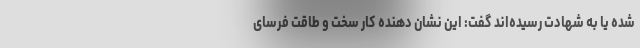
شده یا به شهادت رسیده‌اند گفت: این نشان دهنده کار سخت و طاقت فرسای